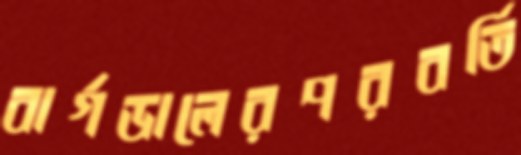
বার্গডালেরপরবর্তি